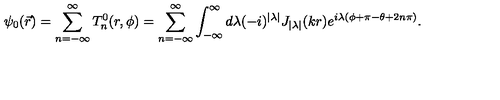
\psi _ { 0 } ( \vec { r } ) = \sum _ { n = - \infty } ^ { \infty } T _ { n } ^ { 0 } ( r , \phi ) = \sum _ { n = - \infty } ^ { \infty } \int _ { - \infty } ^ { \infty } d \lambda ( - i ) ^ { | \lambda | } J _ { | \lambda | } ( k r ) e ^ { i \lambda ( \phi + \pi - \theta + 2 n \pi ) } .